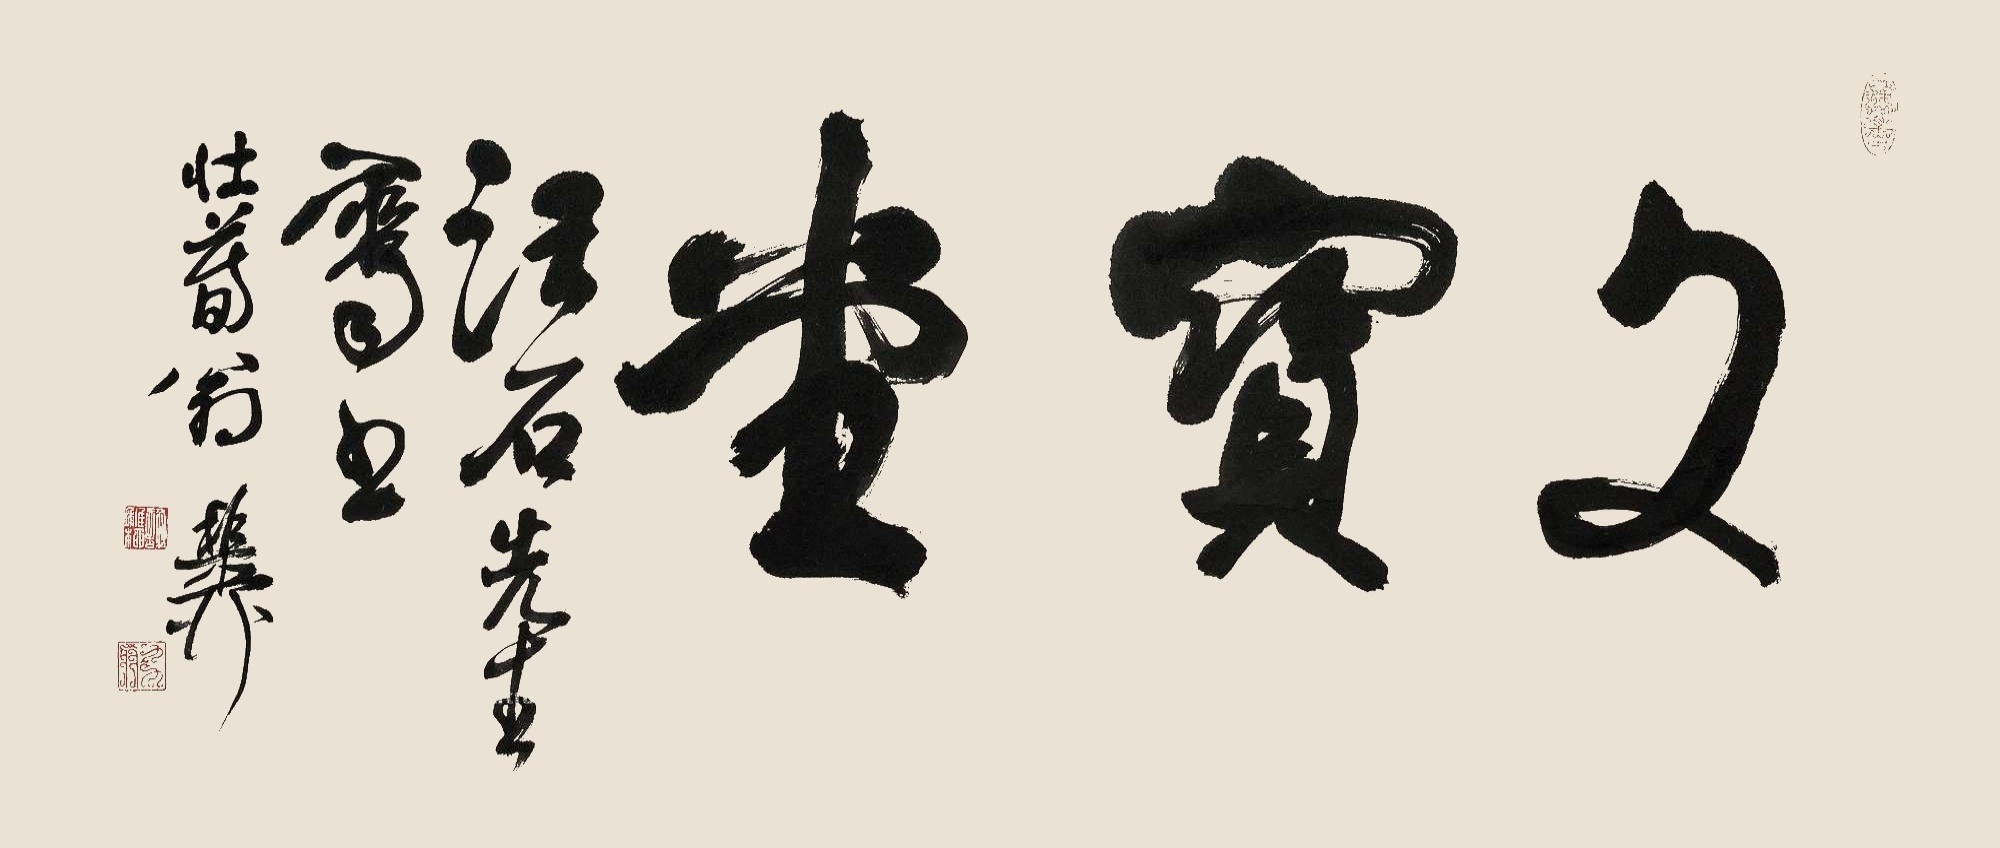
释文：文宝堂。汪石先生属书，壮暮翁稚柳。